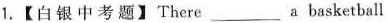
1.【白银中考题】There___a basketball